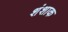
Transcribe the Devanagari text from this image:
शंशाक